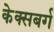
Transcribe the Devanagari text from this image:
केक्सबर्ग